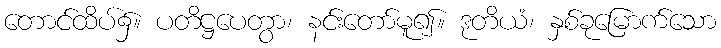
တောင်ထိပ်၌။ ပတိဋ္ဌပေတွာ၊ နင်းတော်မူ၍။ ဒုတိယံ၊ နှစ်ခုမြောက်သော